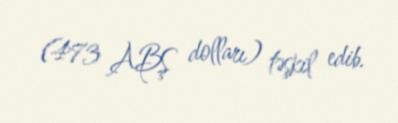
(473 ABŞ dolları) təşkil edib.